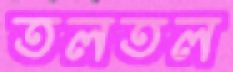
তলতল